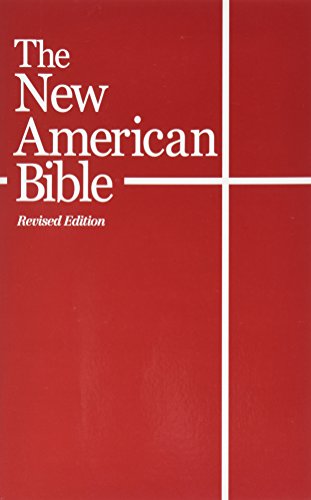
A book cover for The New American Bible (With the Revised Book of Psalms and the Revised New Testament); World Bible Publishing St; Christian Books & Bibles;